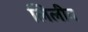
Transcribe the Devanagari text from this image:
लिलीन